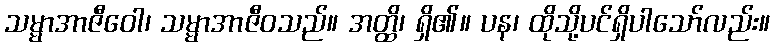
သမ္မာအာဇီဝေါ၊ သမ္မာအာဇီဝသည်။ အတ္ထိ၊ ရှိ၏။ ပန၊ ထိုသို့ပင်ရှိပါသော်လည်း။